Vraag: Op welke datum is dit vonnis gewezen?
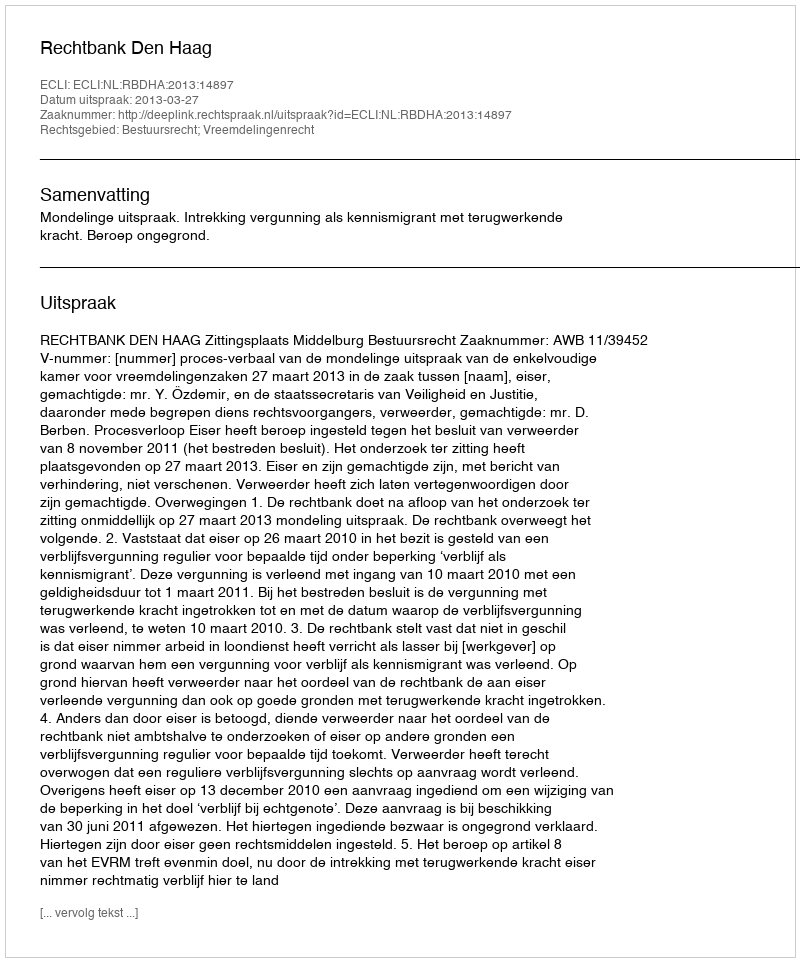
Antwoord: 2013-03-27